Lunatic asylums Punjab 1895-1910 - 1895-1910
Year: 1895
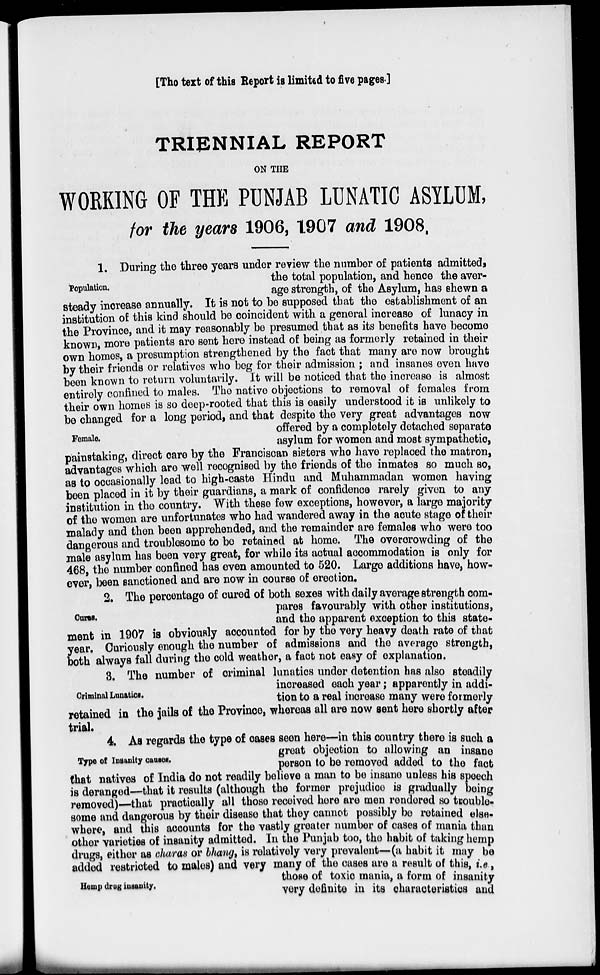
[The text of this Report is limited to five pages]
TRIENNIAL REPORT
ON THE
WORKING OF THE PUNJAB LUNATIC ASYLUM,
for the years 1906, 1907 and 1908.
Population.
1. During the three years under review the number of patients admitted ,
the total population, and hence the aver-
age strength, of the Asylum, has shown a
steady increase annually. It is not to be supposed that the establishment of an
institution of this kind should be coincident with a general increase of lunacy in
the Province, and it may reasonably be presumed that as its benefits have become
known, more patients are sent here instead of being as formerly retained in their
own homes, a presumption strengthened by the fact that many are now brought
by their friends or relatives who beg for their admission ; and insanes even have
boon known to return voluntarily. It will be noticed that the increase is almost
entirely confined to males. The native objections to removal of females from
their own homes is so deep-rooted that this is easily understood it is unlikely to
be changed for a long period, and that despite the very great advantages now
Female.
offered by a completely detached separate
asylum for women and most sympathetic,
painstaking, direct care by the Franciscan sisters who have replaced the matron,
advantages which are well recognised by the friends of the inmates so much so,
as to occasionally lead to high-caste Hindu and Muhammadan women having
been placed in it by their guardians, a mark of confidence rarely given to any
institution in the country. With these few exceptions, however, a large majority
of the women are unfortunates who had wandered away in the acute stage of their
malady and then been apprehended, and the remainder are females who were too
dangerous and troublesome to be retained at home. The overerowding of the
male asylum has been very great, for while its actual accommodation is only for
468, the number confined has even amounted to 520. Large additions have, how-
ever, been sanctioned and are now in course of erection.
Cures.
2. The percentage of cured of both sexes with daily average strength com-
pares favourably with other institutions,
and the apparent exception to this state-
ment in 1907 is obviously accounted for by the very heavy death rate of that
year. Curiously enough the number of admissions and the average strength,
both always fall during the cold weather, a fact not easy of explanation.
Criminal Lunatics.
3. The number of criminal lunatics under detention has also steadily
increased each year ; apparently in addi-
tion to a real increase many were formerly
retained in the jails of the Province, whereas all are now sent here shortly after
trial.
Type of Insanity causes.
4. As regards the type of cases seen here—in this country there is such a
great objection to allowing an insane
person to be removed added to the fact
that natives of India do not readily believe a man to be insane unless his speech
is deranged—that it results (although the former prejudice is gradually being
removed)—that practically all those received here are men rendered so trouble-
some and dangerous by their disease that they cannot possibly be retained else-
where, and this accounts for the vastly greater number of cases of mania than
other varieties of insanity admitted. In the Punjab too, the habit of taking hemp
drugs, either as charas or bhang, is relatively very prevalent—(a habit it may be
added restricted to males) and very many of the cases are a result of this, i.e.,
those of toxic mania, a form of insanity
very definite in its characteristics and
Hemp drug insanity.